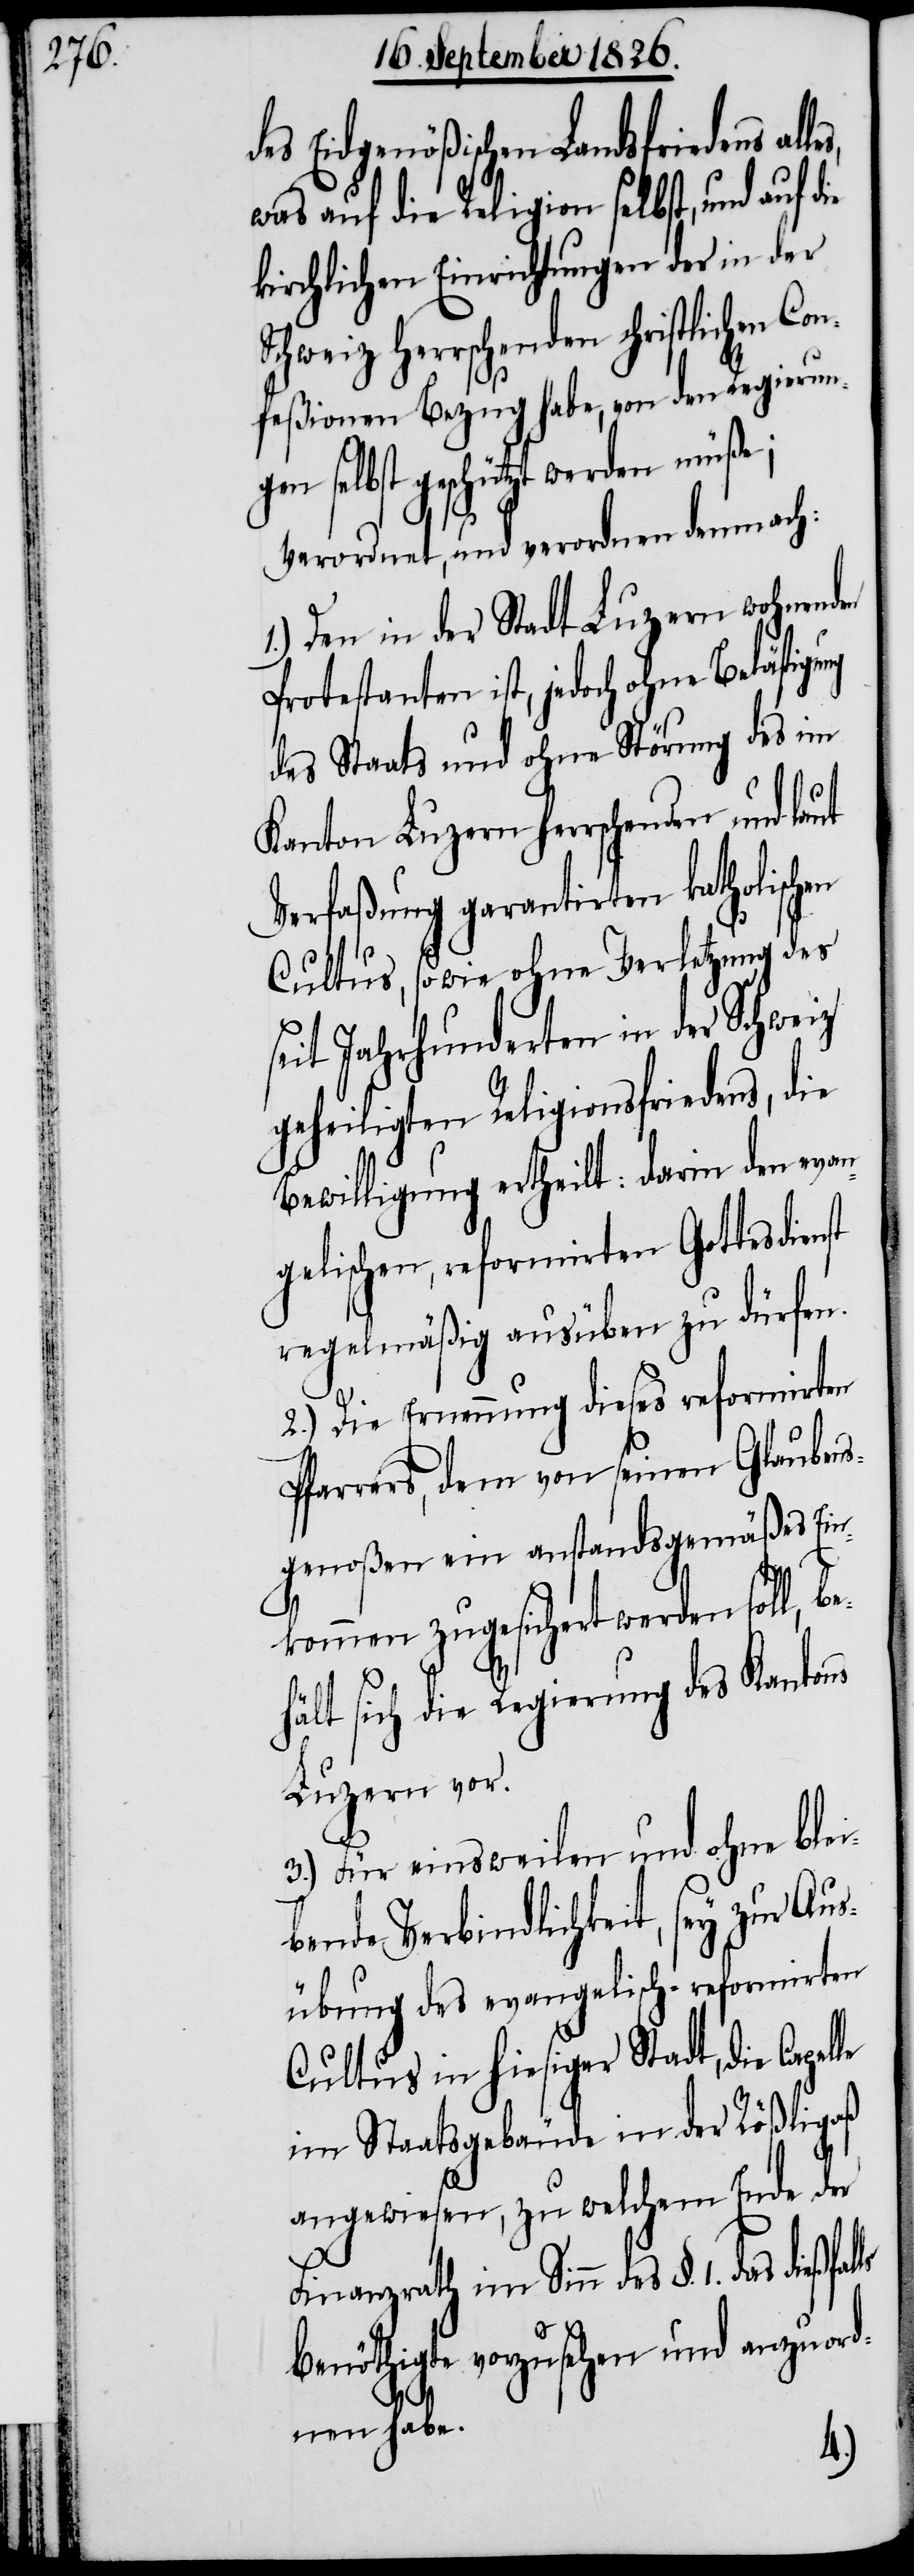
des Eidgenößischen Landesfriedens
was auf die Religion selbst, und auf die
kirchlichen Einrichtungen der in der
herrschenden schriftlichen Co¬
nfeßionen Bezug habe, von den Regierungen
selbst geschützt werden müße;
verordnet, und verordnen demnach:
1.) Den in der Stadt Luzern wohnenden
Protestanten ist, jedoch ohne Belästigu¬
des Staats und ohne Störung des im
Kanton Luzern herrschenden und laut
Verfaßung garantirten katholischen
Cultus, sowie ohne Verletzung des
seit Jahrhunderten in der Schweiz
geheiligten Religionsfriedens, die
Bewilligung ertheilt: darin den evan¬
gelischen, reformirten Gottesdienst
regelmäßig ausüben zu dürfen.
2.) Die Ernennung dieses reformirten
Pfarrers, dem von seinen Glaubens¬
genoßen ein anstandsgemäßes Ein¬
kommen zugesichert werden soll, b¬
hält sich die Regierung des Kantons
Luzern vor.
3.) Für einsweilen und ohne blei¬
bende Verbindlichkeit, sey zur
sübung des evangelisch-reformirten
Cultus in hiesiger Stadt, die Capel¬
im Staatsgebäude in der Rößligaß
angewiesen, zu welchem Ende der
Finanzrath im Sinn des §. 1. das
benöthigte vorzusehen und anzuord¬
nen habe.
le